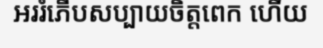
អររំភើបសប្បាយចិត្តពេក ហើយ